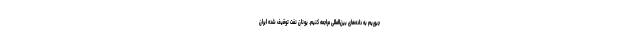
جبوریم به داده‌های بین‌المللی مراجعه کنیم. یونان نفت توقیف شده ایران